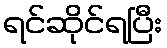
ရင်ဆိုင်ရပြီး